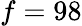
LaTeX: f=98